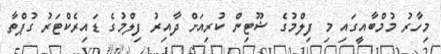
މިހާރު މުމްބާއީގައި މި ފިލްމުގެ ޝޫޓިން ކުރިއަށް ދާއިރު ފިލްމުގެ ޑައިރެކްޓަރު ގުޕްތާ